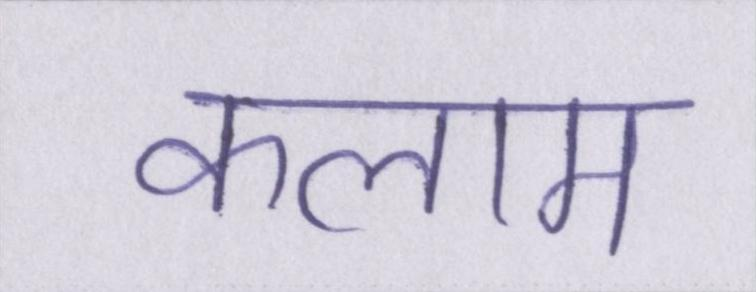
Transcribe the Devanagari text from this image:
कलाम